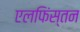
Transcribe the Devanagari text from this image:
एलफिंस्तन